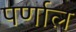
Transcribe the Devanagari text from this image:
पर्णाल